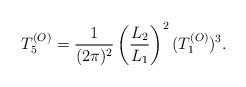
LaTeX: \begin{align*}T_5^{(O)} = {1\over (2\pi)^2} \left({L_2\over L_1}\right)^2 (T_1^{(O)})^3.\end{align*}